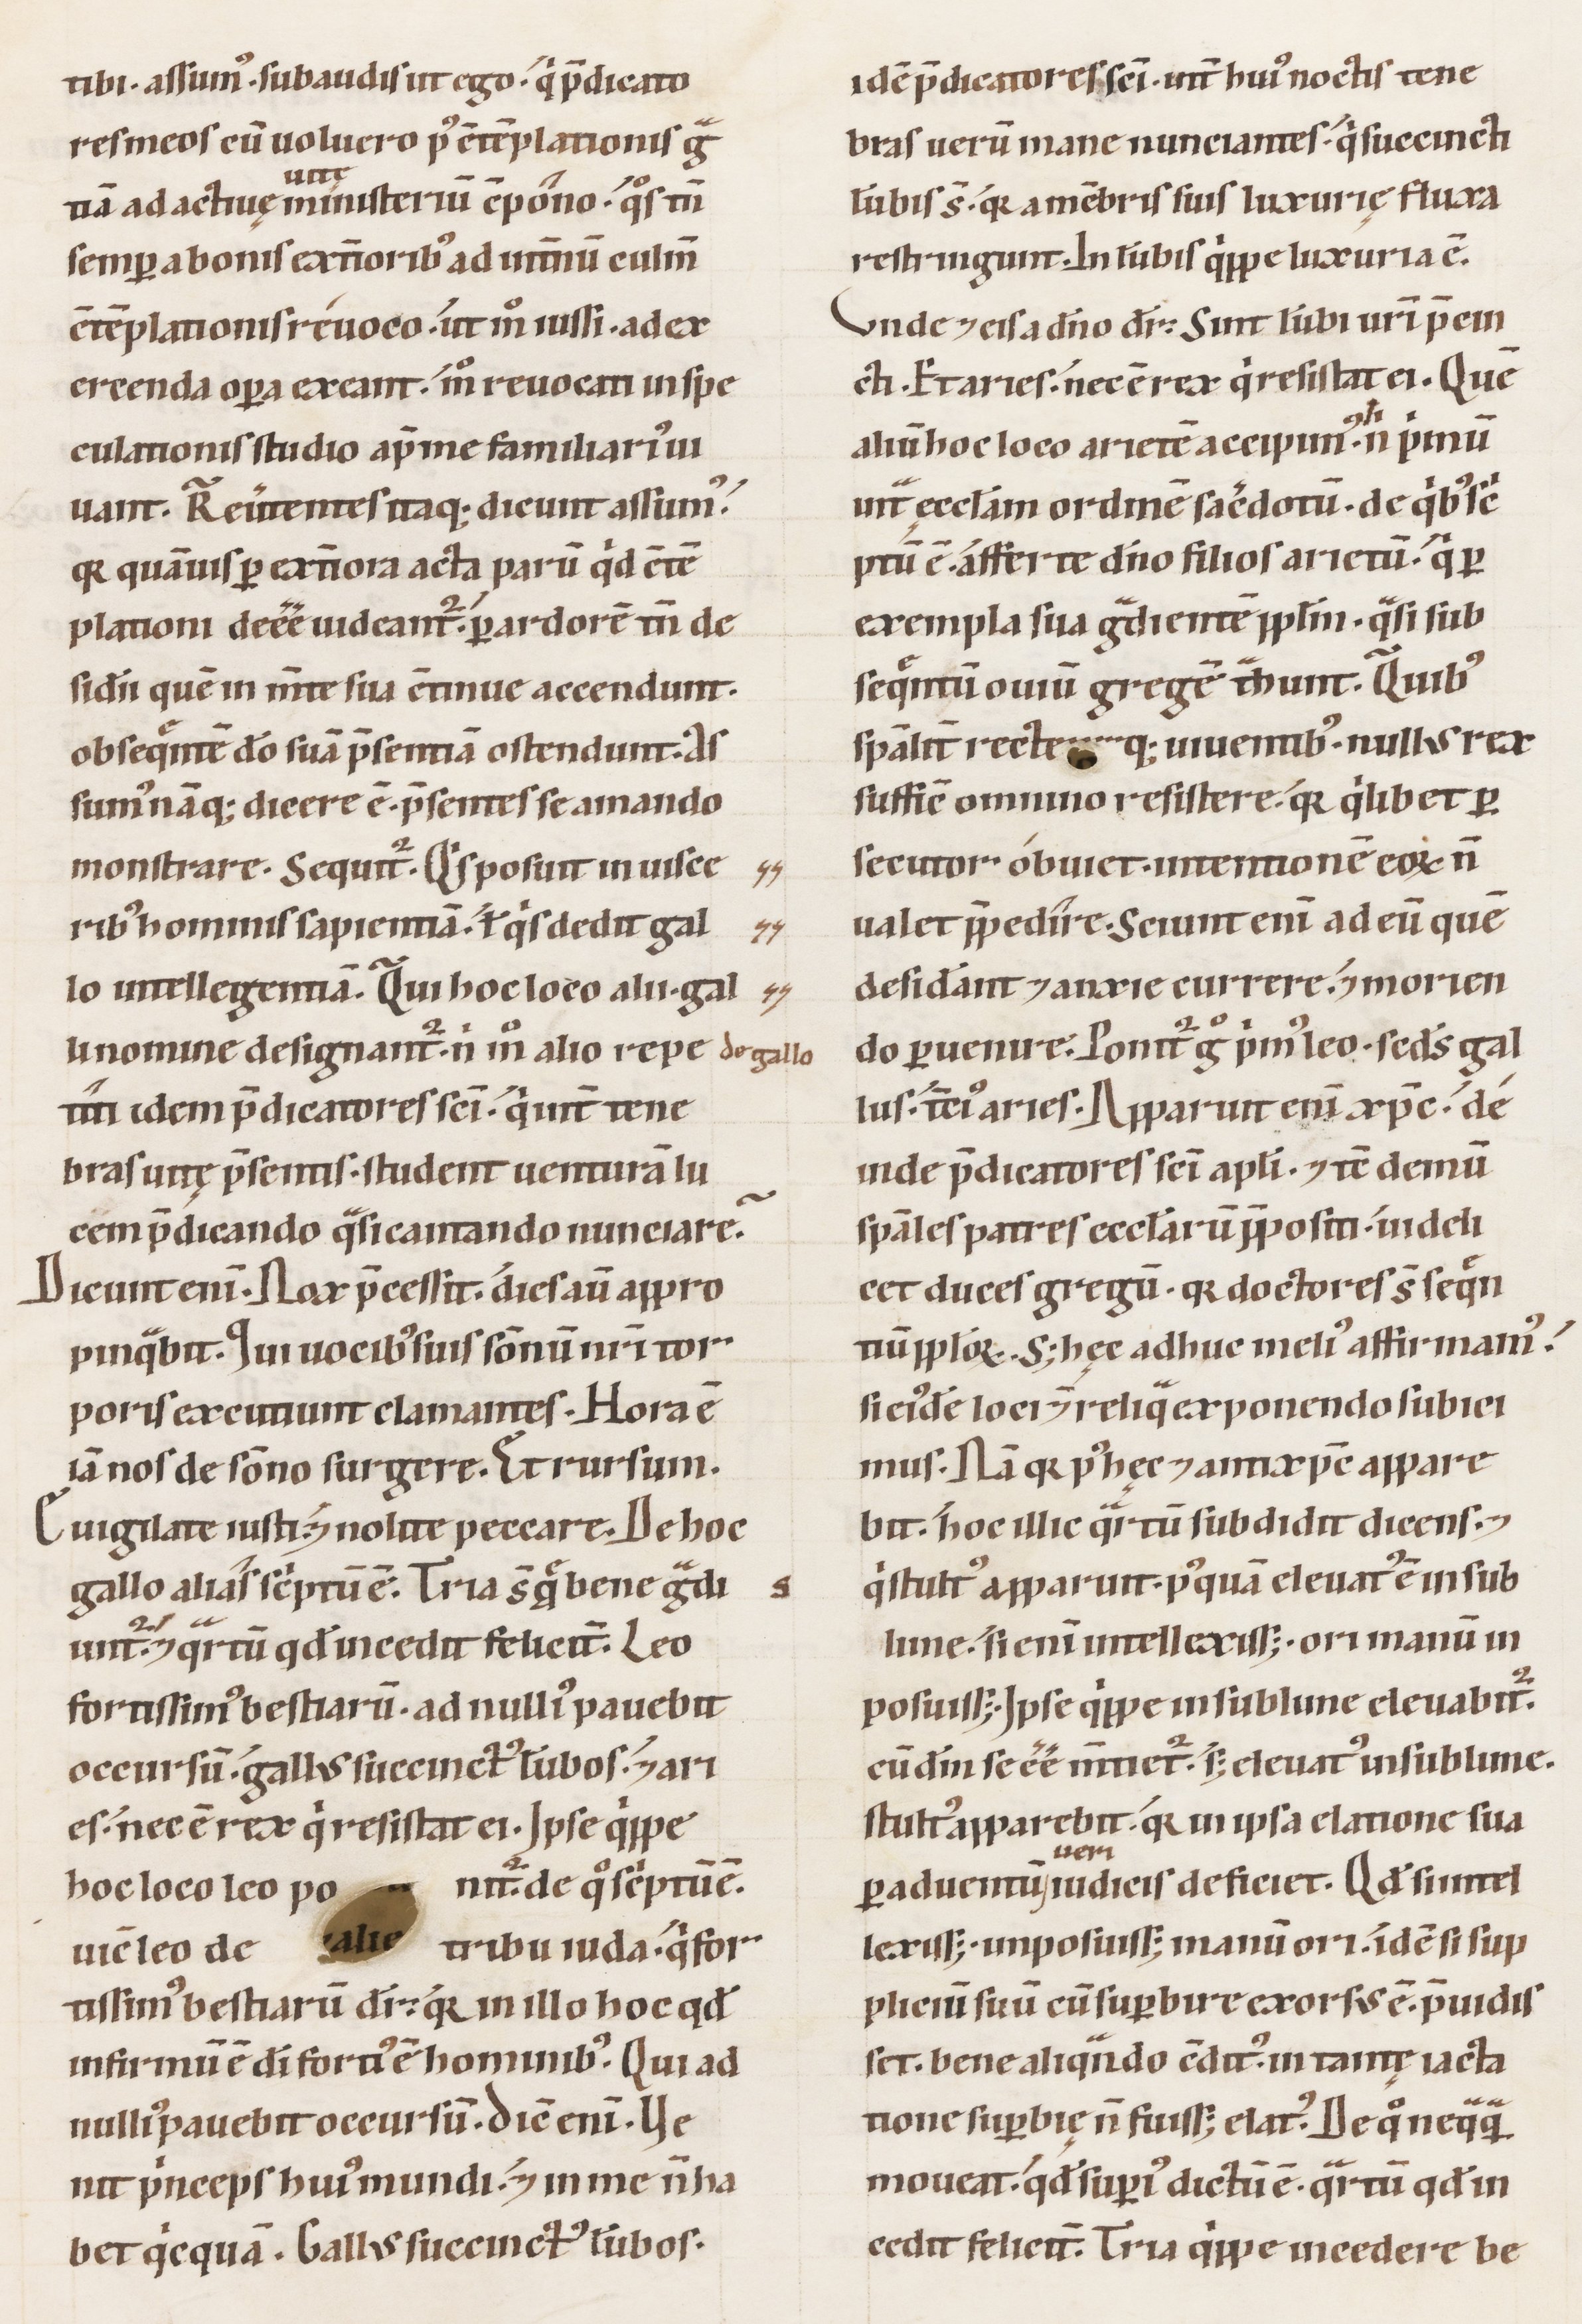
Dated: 1100–1199